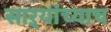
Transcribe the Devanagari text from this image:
साऱ्यांच्याच